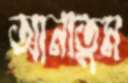
আনাতুম